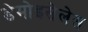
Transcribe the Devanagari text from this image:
डेमोइसेलेस